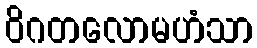
ဝိဂတလောမဟံသာ